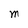
Character: M